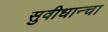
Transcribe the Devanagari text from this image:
सुवीधान्चा